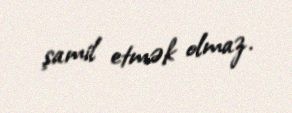
şamil etmək olmaz.